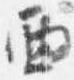
西